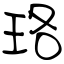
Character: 珞